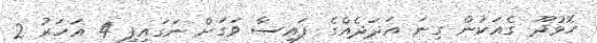
ހޮޅުދޫ ގެއަކުން ގިނަ އަދަދެއްގެ ފައިސާ ވަގަށް ނަގައިފި 4 އަހަރު 2